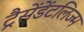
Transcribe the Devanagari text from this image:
ट्रैसेंडेंटलिज्म